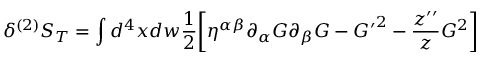
\delta ^ { ( 2 ) } S _ { T } = \int d ^ { 4 } x d w \frac { 1 } { 2 } \biggl [ \eta ^ { \alpha \beta } \partial _ { \alpha } { \cal G } \partial _ { \beta } { \cal G } - { { \cal G } ^ { \prime } } ^ { 2 } - \frac { z ^ { \prime \prime } } { z } { \cal G } ^ { 2 } \biggr ]